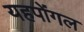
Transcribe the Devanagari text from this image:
यहपोंगल